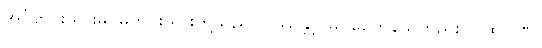
အင်္ဂတိုင်းသားမဂဓတိုင်းသားတို့သည်။ ပဿန္တု၊ မြင်စေကုန်သတည်း။ ဂူထပါဏ၊